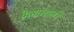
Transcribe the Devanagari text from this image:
मिसाखाली